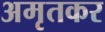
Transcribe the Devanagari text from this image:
अमृतकर